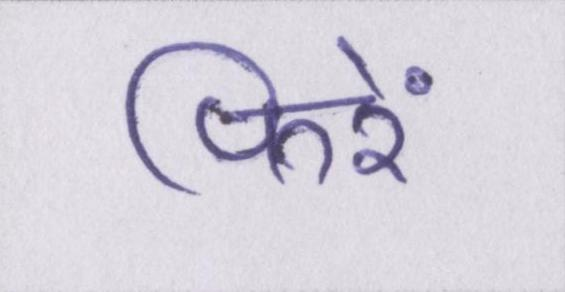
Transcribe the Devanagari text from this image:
फिरें